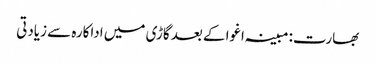
بھارت: مبینہ اغوا کے بعد گاڑی میں اداکارہ سے زیادتی